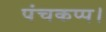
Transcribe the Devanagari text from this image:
पंचकप्प।